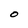
Character: O